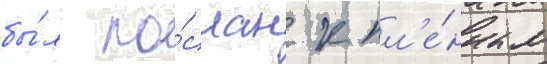
бы́л по́слан к пл'е́нным